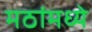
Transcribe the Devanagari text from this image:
मठांमध्ये